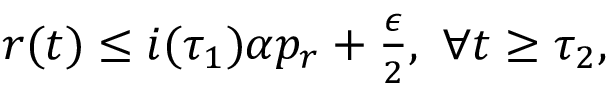
\begin{array} { r } { r ( t ) \leq i ( \tau _ { 1 } ) \alpha p _ { r } + \frac { \epsilon } { 2 } , \ \forall t \geq \tau _ { 2 } , } \end{array}